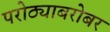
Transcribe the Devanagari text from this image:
परोठ्याबरोबर